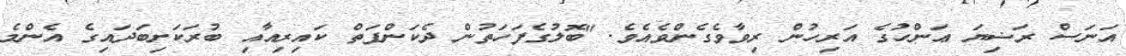
އަނަސް ރަޟިޔަ ޢަންހުގެ އަރިހުން ރިވާވެގެންވެއެވެ. "ބޮލުގެފަހަތުން ދެކަންފަތް ކައިރިއާއި ބުރަކަށިބަދައިގެ އެންމެ